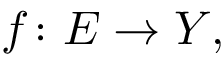
f \colon E \to Y ,